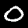
Digit: 0